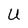
Character: U